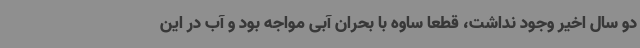
دو سال اخیر وجود نداشت، قطعا ساوه با بحران آبی مواجه بود و آب در این